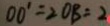
0 0 ^ { \prime } = 2 O B = 2